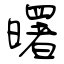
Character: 曙